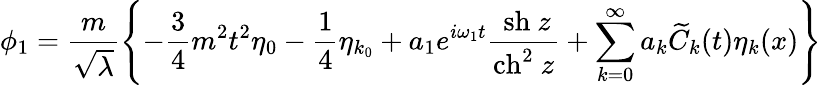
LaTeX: \phi_{1}=\frac{m}{\sqrt\lambda}\left\{ -\frac{3}{4}m^{2}t^{2}{\eta}_{0}-\frac{1}{4}{\eta}_{k{_0}}+a_{1}e^{i\omega_{1}t}\frac{~\mathrm{{sh}}~z}{\mathrm{{ch}}^{2}~z}+\sum_{k=0}^{\infty}a_{k}{\widetilde C}_{k}(t)\eta_{k}(x)\right\}